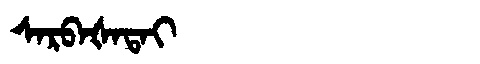
Manchu: ᠰᠠᡵᠪᠠᡧᠠᡨᠠᡳ
Romanization: SARBAŠATAI